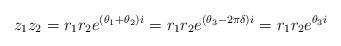
LaTeX: \begin{align*}z_1z_2 = r_1r_2e^{(\theta_1+\theta_2)i} = r_1r_2e^{(\theta_3 - 2\pi \delta )i } = r_1r_2e^{\theta_3i }\end{align*}